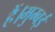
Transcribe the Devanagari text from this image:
हैं।मुम्बई